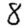
Digit: 8